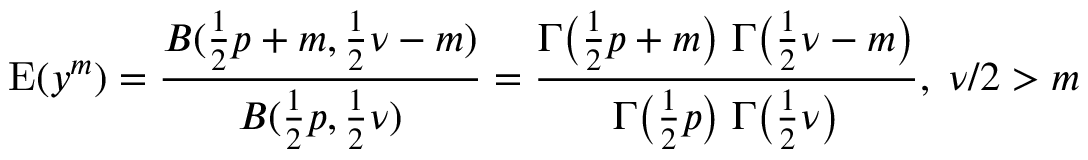
\operatorname { E } ( y ^ { m } ) = { \frac { B ( { \frac { 1 } { 2 } } p + m , { \frac { 1 } { 2 } } \nu - m ) } { B ( { \frac { 1 } { 2 } } p , { \frac { 1 } { 2 } } \nu ) } } = { \frac { \Gamma { \big ( } { \frac { 1 } { 2 } } p + m { \big ) } \; \Gamma { \big ( } { \frac { 1 } { 2 } } \nu - m { \big ) } } { \Gamma { \big ( } { \frac { 1 } { 2 } } p { \big ) } \; \Gamma { \big ( } { \frac { 1 } { 2 } } \nu { \big ) } } } , \; \nu / 2 > m